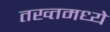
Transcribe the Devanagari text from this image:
तख्तमध्ये